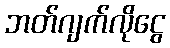
ဘတ်ဂျက်လိုငွေ